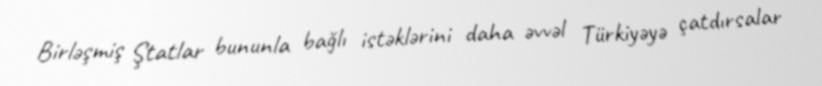
Birləşmiş Ştatlar bununla bağlı istəklərini daha əvvəl Türkiyəyə çatdırsalar